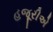
હજૂરીએ